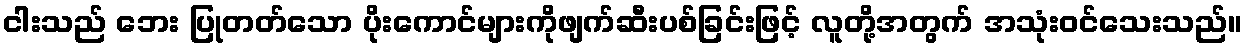
ငါးသည် ဘေး ပြုတတ်သော ပိုးကောင်များကိုဖျက်ဆီးပစ်ခြင်းဖြင့် လူတို့အတွက် အသုံးဝင်သေးသည်။